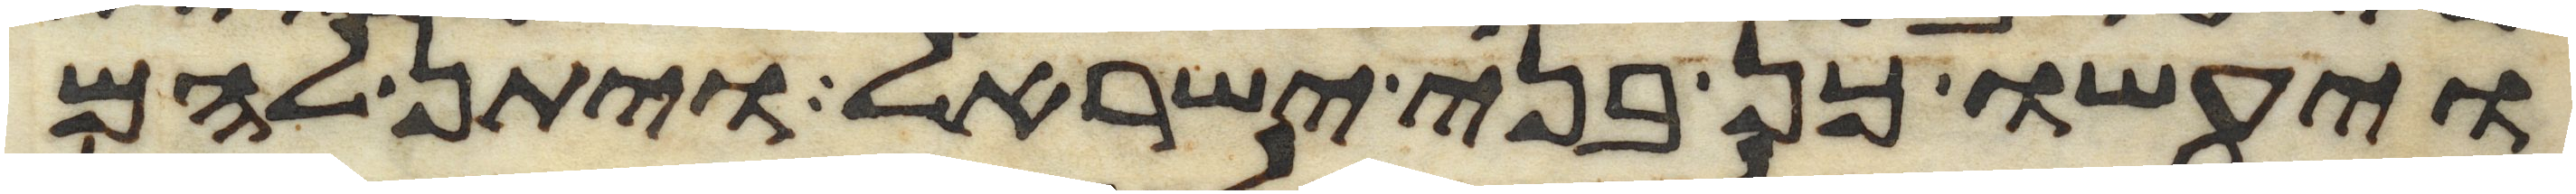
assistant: ויעשו כן בני ישראל ויתן להם